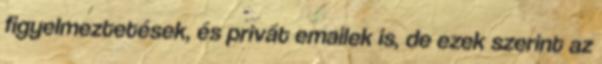
figyelmeztetések, és privát emailek is, de ezek szerint az